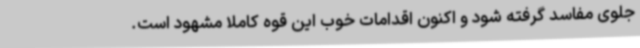
جلوی مفاسد گرفته شود و اکنون اقدامات خوب این قوه کاملا مشهود است.